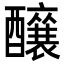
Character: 𮡌